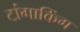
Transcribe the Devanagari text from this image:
टांगाकिंग